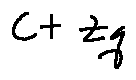
c + z _ { q }